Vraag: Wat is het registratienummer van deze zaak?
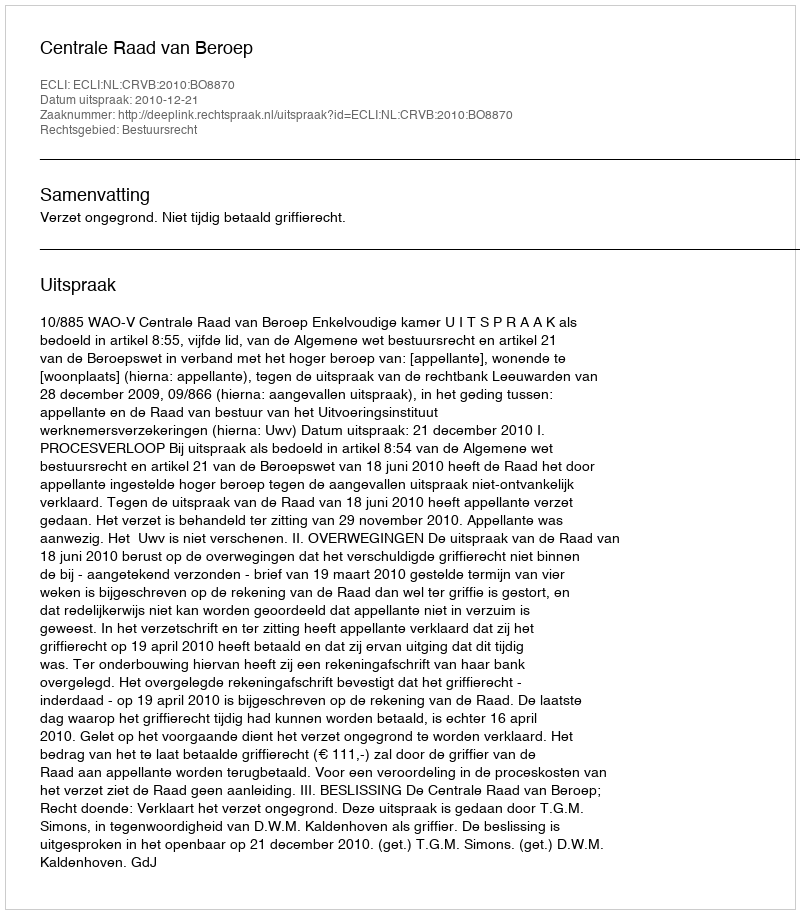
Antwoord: http://deeplink.rechtspraak.nl/uitspraak?id=ECLI:NL:CRVB:2010:BO8870